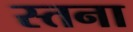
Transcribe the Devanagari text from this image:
स्तना